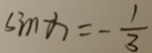
\sin x = - \frac { 1 } { 3 }